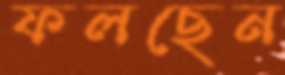
ফলছেন